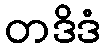
တဒိဒံ